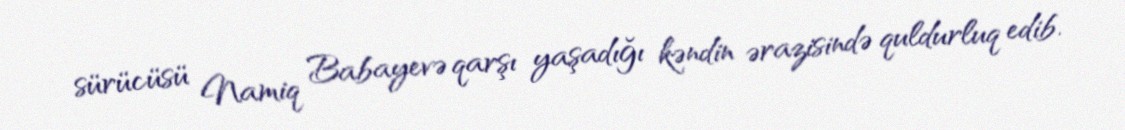
sürücüsü Namiq Babayevə qarşı yaşadığı kəndin ərazisində quldurluq edib.